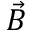
\vec { B }